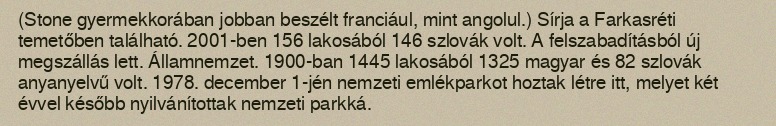
(Stone gyermekkorában jobban beszélt franciául, mint angolul.) Sírja a Farkasréti temetőben található. 2001-ben 156 lakosából 146 szlovák volt. A felszabadításból új megszállás lett. Államnemzet. 1900-ban 1445 lakosából 1325 magyar és 82 szlovák anyanyelvű volt. 1978. december 1-jén nemzeti emlékparkot hoztak létre itt, melyet két évvel később nyilvánítottak nemzeti parkká.